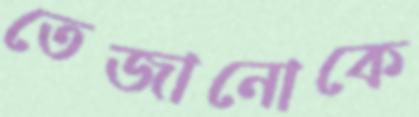
তেজানোকে